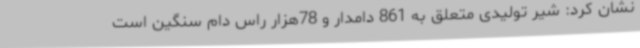
نشان کرد: شیر تولیدی متعلق به 861 دامدار و 78هزار راس دام سنگین است